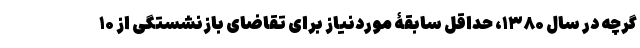
گرچه در سال ۱۳۸۰، حداقل سابقۀ موردنیاز برای تقاضای بازنشستگی از ۱۰